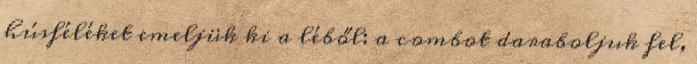
húsféléket emeljük ki a léből: a combot daraboljuk fel,